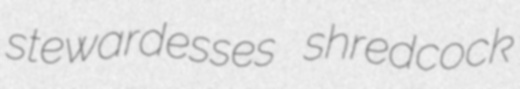
stewardesses shredcock